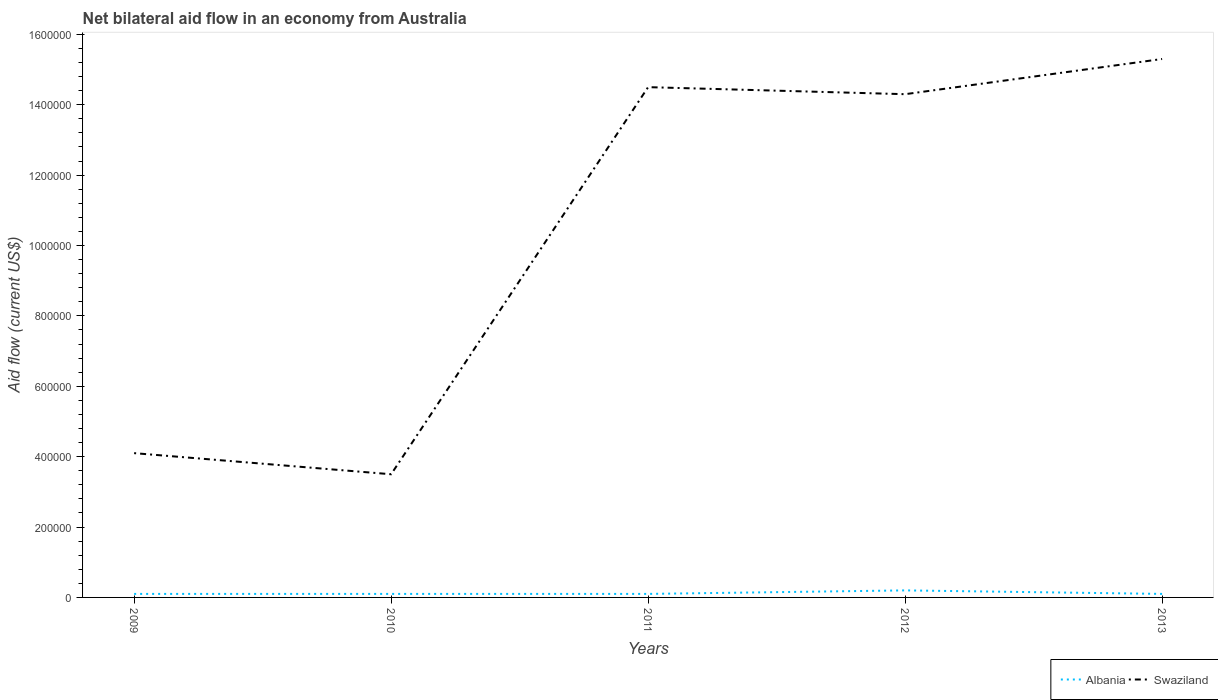
| Years | Albania | Swaziland |
 | --- | --- | --- |
 | 2009 | 1e+04 | 4.1e+05 |
 | 2010 | 1e+04 | 3.5e+05 |
 | 2011 | 1e+04 | 1.45e+06 |
 | 2012 | 2e+04 | 1.43e+06 |
 | 2013 | 1e+04 | 1.53e+06 |